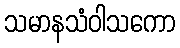
သမာနသံဝါသကော